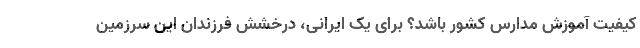
کیفیت آموزش مدارس کشور باشد؟ برای یک ایرانی، درخشش فرزندان این سرزمین